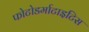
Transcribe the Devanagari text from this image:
फोटोडर्माटाइटिस